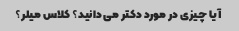
آیا چیزی در مورد دکتر می دانید؟ کلاس میلر؟